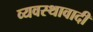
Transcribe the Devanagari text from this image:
व्यवस्थावादी